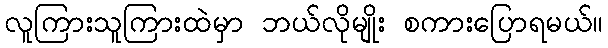
လူကြားသူကြားထဲမှာ ဘယ်လိုမျိုး စကားပြောရမယ်။